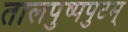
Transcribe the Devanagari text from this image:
तालपुष्पपुटम्